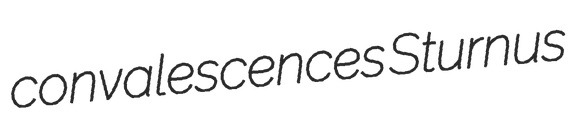
convalescences Sturnus